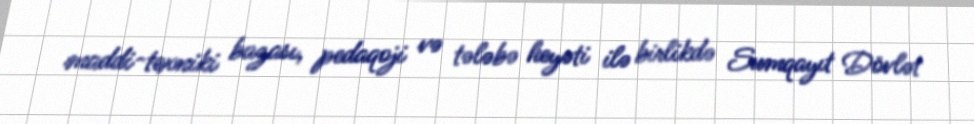
maddi-texniki bazası, pedaqoji və tələbə heyəti ilə birlikdə Sumqayıt Dövlət